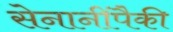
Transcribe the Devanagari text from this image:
सेनानींपैकी